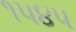
૧૫૪૫